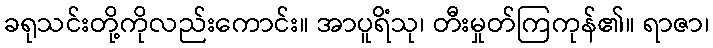
ခရုသင်းတို့ကိုလည်းကောင်း။ အာပူရိံသု၊ တီးမှုတ်ကြကုန်၏။ ရာဇာ၊